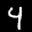
Label: 4